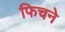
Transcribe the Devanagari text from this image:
फिचने